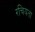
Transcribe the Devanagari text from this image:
रचियता